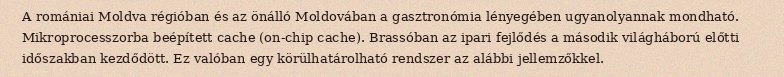
A romániai Moldva régióban és az önálló Moldovában a gasztronómia lényegében ugyanolyannak mondható. Mikroprocesszorba beépített cache (on-chip cache). Brassóban az ipari fejlődés a második világháború előtti időszakban kezdődött. Ez valóban egy körülhatárolható rendszer az alábbi jellemzőkkel.